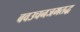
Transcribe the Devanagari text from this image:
बवउचनजमतद्ध